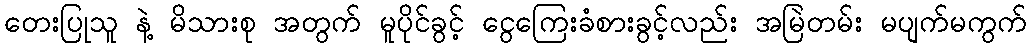
တေးပြုသူ နဲ့ မိသားစု အတွက် မူပိုင်ခွင့် ငွေကြေးခံစားခွင့်လည်း အမြဲတမ်း မပျက်မကွက်